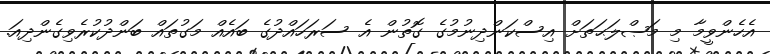
އެހެންވީމާ މި މަޞްލަޙަތަށް އިސްކަންދިނުމުގެ ގޮތުން އެ ސަރަހައްދުގެ ބައެއް މަގުތައް ބަންދުކުރެވިގެންދިއަ.